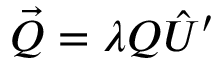
\vec { Q } = \lambda { \cal Q } \hat { U } ^ { \prime }